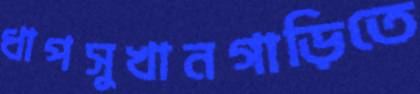
ধাপসুখানগাড়িতে